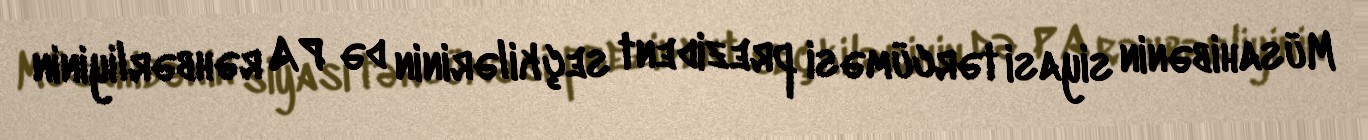
Müsahibənin siyasi tərcüməsi prezident seçkilərinin də PA rəhbərliyinin